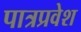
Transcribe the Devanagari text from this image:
पात्रप्रवेश